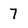
Character: 7